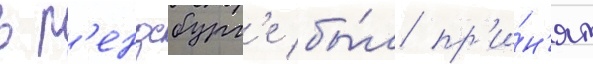
в р'ендсбург'е бы́л пр'и́н'ят